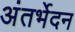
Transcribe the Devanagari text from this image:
अंतर्भेदन